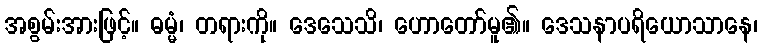
အစွမ်းအားဖြင့်။ ဓမ္မံ၊ တရားကို။ ဒေသေသိ၊ ဟောတော်မူ၏။ ဒေသနာပရိယောသာနေ၊